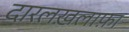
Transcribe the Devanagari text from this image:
दारलख़लाफ़ा